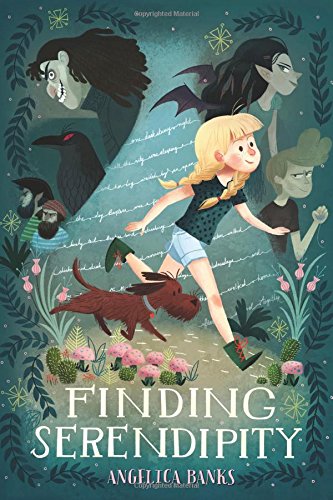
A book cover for Finding Serendipity; Angelica Banks; Children's Books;